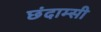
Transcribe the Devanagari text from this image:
छंदाम्सी